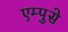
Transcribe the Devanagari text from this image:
एम्पुसे